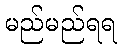
မည်မည်ရရ